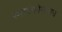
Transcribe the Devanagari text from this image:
स्मार्टफोनलाच